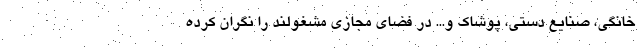
خانگی، صنایع دستی، پوشاک و... در فضای مجازی مشغولند را نگران کرده